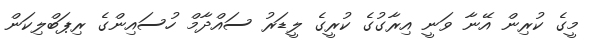
މީގެ ކުރިން އޭނާ ވަނީ އިރާގުގެ ކުރީގެ ލީޑަރު ސައްދާމް ހުސައިންގެ ރިޕަބްލިކަން